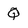
Character: Q